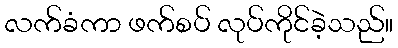
လက်ခံကာ ဖက်စပ် လုပ်ကိုင်ခဲ့သည်။